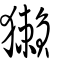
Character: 獺